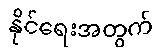
နိုင်ရေးအတွက်